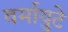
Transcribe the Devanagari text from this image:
वर्मायुटे